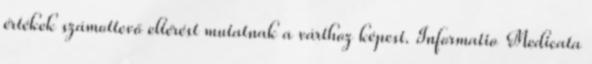
értékek számottevő eltérést mutatnak a várthoz képest. Informatio Medicata